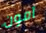
آمون